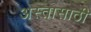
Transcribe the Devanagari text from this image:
अस्तासाठी